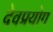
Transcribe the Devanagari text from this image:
देवप्रयोग